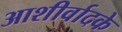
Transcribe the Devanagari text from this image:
आशीर्वादके